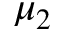
\mu _ { 2 }